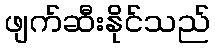
ဖျက်ဆီးနိုင်သည်